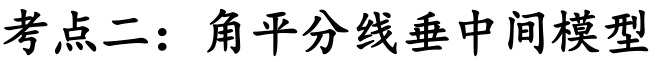
考点二：角平分线垂中间模型